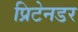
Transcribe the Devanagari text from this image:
प्रिटेनडर